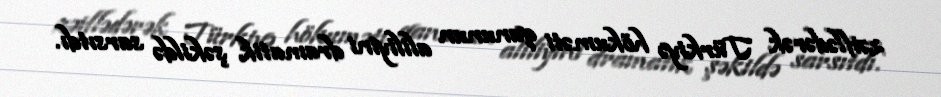
zəiflədərək Türkiyə hökuməti qanunun aliliyini dramatik şəkildə sarsıtdı.